画像に写った文字を読んでください
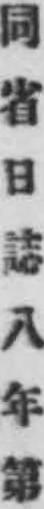
「同省日誌八年第」と書いてあります